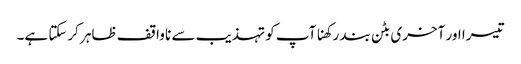
تیسرا اور آخری بٹن بند رکھنا آپ کو تہذیب سے نا واقف ظاہر کرسکتا ہے۔